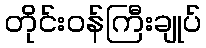
တိုင်းဝန်ကြီးချုပ်